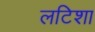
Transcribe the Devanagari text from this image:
लटिशा